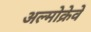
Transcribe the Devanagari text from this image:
अल्मोक्रेवे